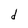
Character: d